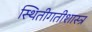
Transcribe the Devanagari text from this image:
स्थितीगतीशास्त्र